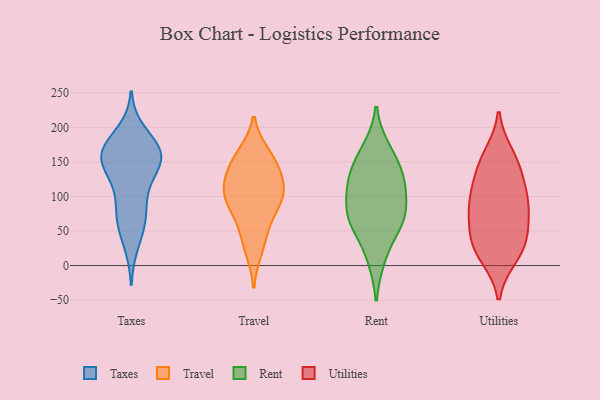
{"axis": {"x": "Market Share (%)", "y": "Value"}, "legend": ["Rent", "Taxes", "Travel", "Utilities"], "data": [{"x": "", "y": 166, "type": "Taxes"}, {"x": "", "y": 151, "type": "Taxes"}, {"x": "", "y": 72, "type": "Taxes"}, {"x": "", "y": 73, "type": "Taxes"}, {"x": "", "y": 61, "type": "Taxes"}, {"x": "", "y": 32, "type": "Taxes"}, {"x": "", "y": 168, "type": "Taxes"}, {"x": "", "y": 164, "type": "Taxes"}, {"x": "", "y": 157, "type": "Taxes"}, {"x": "", "y": 164, "type": "Taxes"}, {"x": "", "y": 192, "type": "Taxes"}, {"x": "", "y": 132, "type": "Taxes"}, {"x": "", "y": 131, "type": "Taxes"}, {"x": "", "y": 159, "type": "Taxes"}, {"x": "", "y": 99, "type": "Taxes"}, {"x": "", "y": 23, "type": "Travel"}, {"x": "", "y": 100, "type": "Travel"}, {"x": "", "y": 107, "type": "Travel"}, {"x": "", "y": 106, "type": "Travel"}, {"x": "", "y": 160, "type": "Travel"}, {"x": "", "y": 144, "type": "Travel"}, {"x": "", "y": 44, "type": "Travel"}, {"x": "", "y": 110, "type": "Travel"}, {"x": "", "y": 89, "type": "Travel"}, {"x": "", "y": 71, "type": "Travel"}, {"x": "", "y": 136, "type": "Travel"}, {"x": "", "y": 155, "type": "Travel"}, {"x": "", "y": 119, "type": "Rent"}, {"x": "", "y": 168, "type": "Rent"}, {"x": "", "y": 11, "type": "Rent"}, {"x": "", "y": 61, "type": "Rent"}, {"x": "", "y": 63, "type": "Rent"}, {"x": "", "y": 114, "type": "Rent"}, {"x": "", "y": 69, "type": "Rent"}, {"x": "", "y": 125, "type": "Rent"}, {"x": "", "y": 82, "type": "Rent"}, {"x": "", "y": 150, "type": "Rent"}, {"x": "", "y": 150, "type": "Utilities"}, {"x": "", "y": 160, "type": "Utilities"}, {"x": "", "y": 51, "type": "Utilities"}, {"x": "", "y": 99, "type": "Utilities"}, {"x": "", "y": 121, "type": "Utilities"}, {"x": "", "y": 85, "type": "Utilities"}, {"x": "", "y": 58, "type": "Utilities"}, {"x": "", "y": 142, "type": "Utilities"}, {"x": "", "y": 13, "type": "Utilities"}, {"x": "", "y": 88, "type": "Utilities"}, {"x": "", "y": 20, "type": "Utilities"}, {"x": "", "y": 94, "type": "Utilities"}, {"x": "", "y": 40, "type": "Utilities"}, {"x": "", "y": 23, "type": "Utilities"}]}